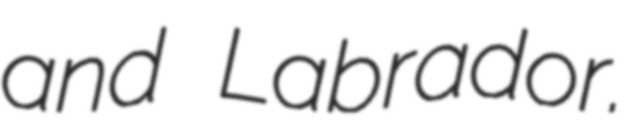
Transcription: and Labrador.